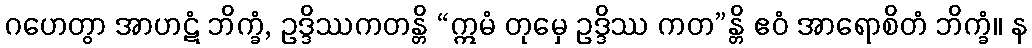
ဂဟေတွာ အာဟဋံ ဘိက္ခံ, ဥဒ္ဒိဿကတန္တိ “ဣမံ တုမှေ ဥဒ္ဒိဿ ကတ”န္တိ ဧဝံ အာရောစိတံ ဘိက္ခံ။ န